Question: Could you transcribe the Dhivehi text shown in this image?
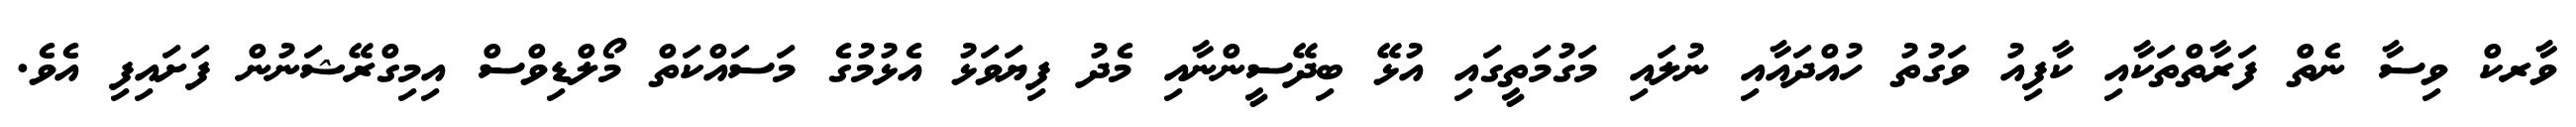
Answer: ވާރކް ވިސާ ނެތް ފަރާތްތަކާއި ކާފިއު ވަގުތު ހުއްދައާއި ނުލައި މަގުމަތީގައި އުޅޭ ބިދޭސީންނާއި މެދު ފިޔަވަޅު އެޅުމުގެ މަސައްކަތް މޯލްޑިވްސް އިމިގްރޭޝަނުން ފަށައިފި އެވެ.